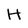
Character: H